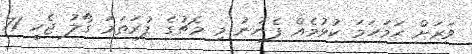
ވަރަށް ހަމަހަމަ ކުޅުމެއް ފެނުނު މި މެޗުގެ ފުރަތަމަ ގޯލު ޖެހީ 71